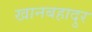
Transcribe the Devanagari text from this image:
खानबहादुर